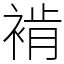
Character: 褃